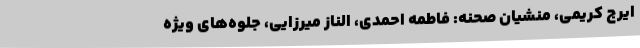
ایرج کریمی، منشیان صحنه: فاطمه احمدی، الناز میرزایی، جلوه‌های ویژه